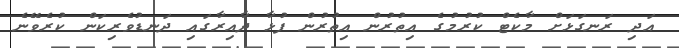
އަދި ރަނގަޅަށް މާކެޓް ކުރުމުގެ އިތުރުން އިތުރުން ފުޅާ ދާއިރާގައި ދަނޑުވެރިކަން ކުރެވޭނެ